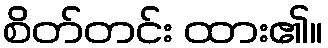
စိတ်တင်း ထား၏။